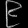
Digit: ၉